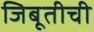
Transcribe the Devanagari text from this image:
जिबूतीची